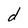
Character: d